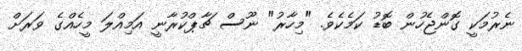
ނެރުމަކީ ގޮންޖެހުން ބޮޑު ކަމެކެވެ. "މިހާރު" ނޫސް ޗާޕްކުރާނީ އަމިއްލަ މީހެއްގެ ވަރަށް